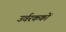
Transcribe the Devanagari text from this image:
उर्वरककों